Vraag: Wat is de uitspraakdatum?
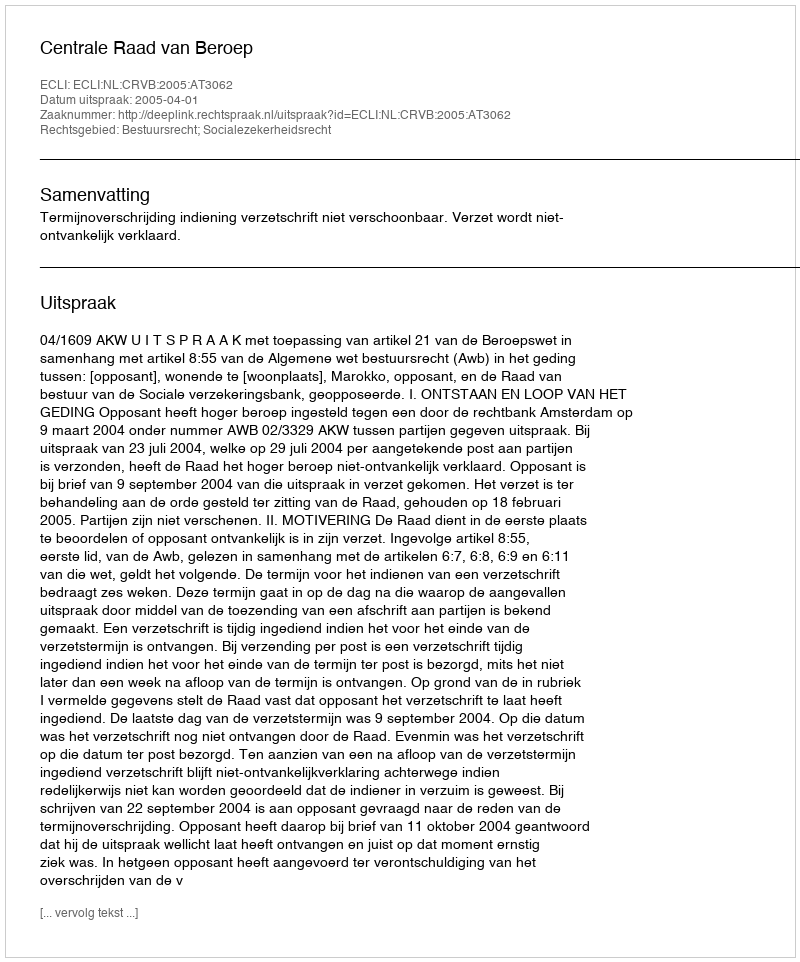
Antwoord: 2005-04-01